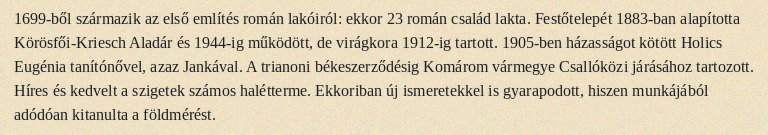
1699-ből származik az első említés román lakóiról: ekkor 23 román család lakta. Festőtelepét 1883-ban alapította Körösfői-Kriesch Aladár és 1944-ig működött, de virágkora 1912-ig tartott. 1905-ben házasságot kötött Holics Eugénia tanítónővel, azaz Jankával. A trianoni békeszerződésig Komárom vármegye Csallóközi járásához tartozott. Híres és kedvelt a szigetek számos halétterme. Ekkoriban új ismeretekkel is gyarapodott, hiszen munkájából adódóan kitanulta a földmérést.